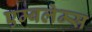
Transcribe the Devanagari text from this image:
एम्बलेम्स